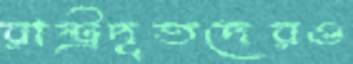
রাষ্ট্রদূতদেরও